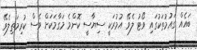
ބައެއް ގައުމުތަކުގައި ވޯޓު ލެވޭ އުމުރަކީ ސިޔާސީ ކޮންމެ މަގާމަކަށް ވެސް ކުރިމަތިލެވޭ